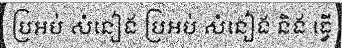
ប្រអប់ សំនៀង ប្រអប់ សំនៀង និង ធ្វើ